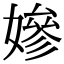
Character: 㜗